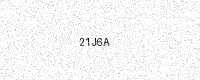
Text: 21J6A